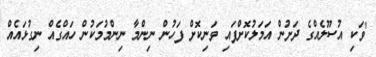
"ވަކި އުސޫލެއްގެ ދަށުން އަމަލުކޮށްފައި ވަނިކޮށް ފަހުން ނިންމާ ނިންމުމަކުން ހައްގެއް ނިގުޅައެއް